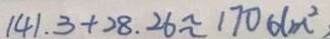
1 4 1 . 3 + 2 8 . 2 6 \approx 1 7 0 d m ^ { 2 }